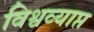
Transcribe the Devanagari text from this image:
विश्वव्याप्त